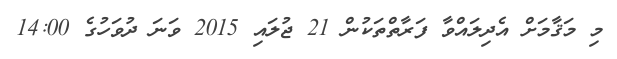
މި މަޤާމަށް އެދިލައްވާ ފަރާތްތަކުން 21 ޖުލައި 2015 ވަނަ ދުވަހުގެ 14:00